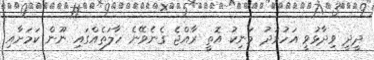
ދީދީ ވިދާޅުވީ އަހުމަދު މަނިކު އޮތީ ރާއްޖެ ގެނެވޭނެ ހާލަތެއްގައި ނޫން ކަމަށާއި